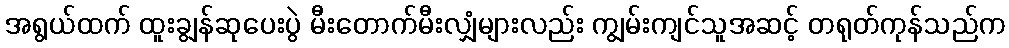
အရွယ်ထက် ထူးချွန်ဆုပေးပွဲ မီးတောက်မီးလျှံများလည်း ကျွမ်းကျင်သူအဆင့် တရုတ်ကုန်သည်က